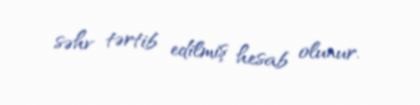
səhv tərtib edilmiş hesab olunur.